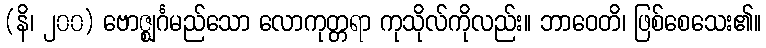
(နိ၊ ၂၀၀) ဗောဇ္ဈင်္ဂမည်သော လောကုတ္တရာ ကုသိုလ်ကိုလည်း။ ဘာဝေတိ၊ ဖြစ်စေသေး၏။